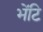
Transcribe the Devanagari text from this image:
भेंटि